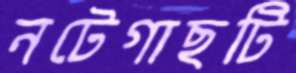
নটেগাছটি